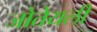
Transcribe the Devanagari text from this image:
जोतेयली